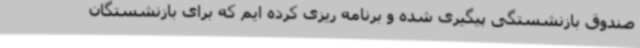
صندوق بازنشستگی پیگیری شده و برنامه ریزی کرده ایم که برای بازنشستگان